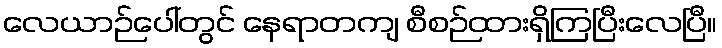
လေယာဉ်ပေါ်တွင် နေရာတကျ စီစဉ်ထားရှိကြပြီးလေပြီ။